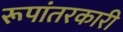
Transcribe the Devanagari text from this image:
रूपांतरकारी